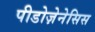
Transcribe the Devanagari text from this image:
पीडोज़ेनेसिस